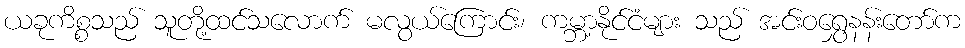
ယခုကိစ္စသည် သူတို့ထင်သလောက် မလွယ်ကြောင်း၊ ကမ္ဘာ့နိုင်ငံများ သည် အင်းဝရွှေနန်းတော်က